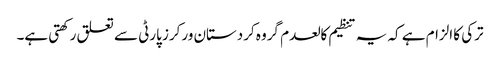
ترکی کا الزام ہے کہ یہ تنظیم کالعدم گروہ کردستان ورکرز پارٹی سے تعلق رکھتی ہے۔